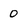
Character: 0